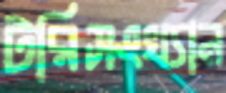
টরিসংখ্যান